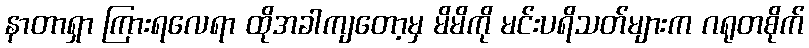
နာတာရှာ ကြားရလေရာ ထိုအခါကျတော့မှ မိမိကို မင်းပရိသတ်များက ဂရုတစိုက်